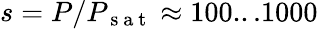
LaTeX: s=P/P_{\mathrm{~s~a~t~}}\approx 100...1000